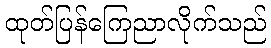
ထုတ်ပြန်ကြေညာလိုက်သည်